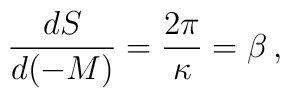
\frac{dS}{d(-M)}=\frac{2\pi}{\kappa} = \beta\,,